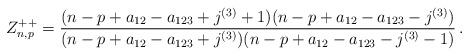
\begin{align*} Z^{++}_{n,p}=\frac{(n-p+a_{12}-a_{123}+j^{(3)}+1)(n-p+a_{12}-a_{123}-j^{(3)})}{(n-p+a_{12}-a_{123}+j^{(3)})(n-p+a_{12}-a_{123}-j^{(3)}-1)}\,.\end{align*}